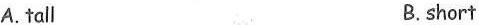
A.tall B.short